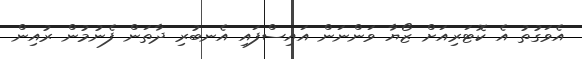
އެވަގުތު އެ ކޮޓަރިއަށް ޒޯޔާ ވަންނަން އައިސްފައި އެނބުރި ދާތަން ފެނުމުން ރުއިން